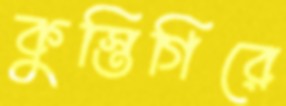
কুস্তিগিরে